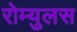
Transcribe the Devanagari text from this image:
रोम्युलस